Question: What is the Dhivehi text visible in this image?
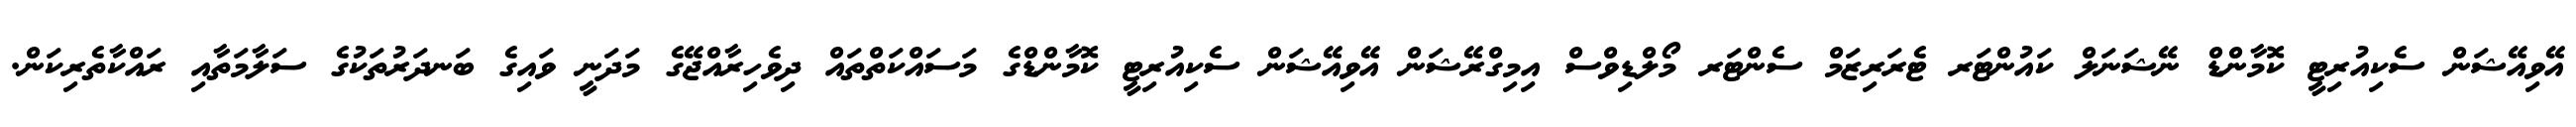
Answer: އޭވިއޭޝަން ސެކިއުރިޓީ ކޮމާންޑް ނޭޝަނަލް ކައުންޓަރ ޓެރަރިޒަމް ސެންޓަރ މޯލްޑިވްސް އިމިގްރޭޝަން އޭވިއޭޝަން ސެކިއުރިޓީ ކޮމާންޑްގެ މަސައްކަތްތައް ދިވެހިރާއްޖޭގެ މަދަނީ ވައިގެ ބަނދަރުތަކުގެ ސަލާމަތާއި ރައްކާތެރިކަން.